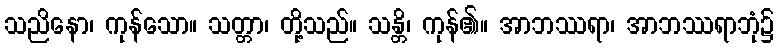
သညိနော၊ ကုန်သော။ သတ္တာ၊ တို့သည်။ သန္တိ၊ ကုန်၏။ အာဘဿရာ၊ အာဘဿရာဘုံ၌